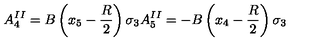
A _ { 4 } ^ { I I } = B \left( x _ { 5 } - { \frac { R } { 2 } } \right) \sigma _ { 3 } A _ { 5 } ^ { I I } = - B \left( x _ { 4 } - { \frac { R } { 2 } } \right) \sigma _ { 3 }